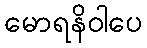
မောရနိဝါပေ